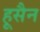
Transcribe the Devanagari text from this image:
हूसैन